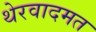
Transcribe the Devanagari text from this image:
थेरवादमत